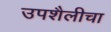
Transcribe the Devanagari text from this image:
उपशैलीचा